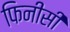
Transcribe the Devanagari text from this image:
फिनीसी